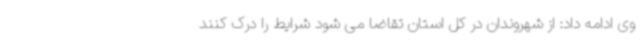
وی ادامه داد: از شهروندان در کل استان تقاضا می شود شرایط را درک کنند